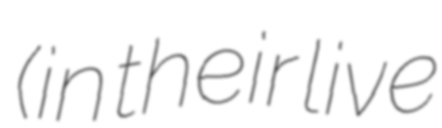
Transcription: (in their live